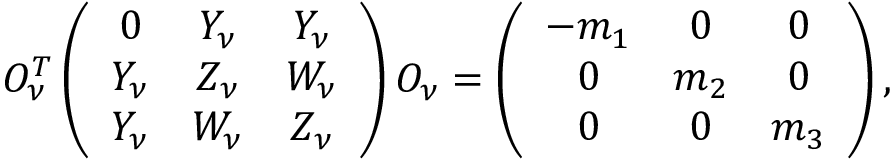
O _ { \nu } ^ { T } \left( \begin{array} { c c c } { { 0 } } & { { Y _ { \nu } } } & { { Y _ { \nu } } } \\ { { Y _ { \nu } } } & { { Z _ { \nu } } } & { { W _ { \nu } } } \\ { { Y _ { \nu } } } & { { W _ { \nu } } } & { { Z _ { \nu } } } \end{array} \right) O _ { \nu } = \left( \begin{array} { c c c } { { - m _ { 1 } } } & { { 0 } } & { { 0 } } \\ { { 0 } } & { { m _ { 2 } } } & { { 0 } } \\ { { 0 } } & { { 0 } } & { { m _ { 3 } } } \end{array} \right) ,